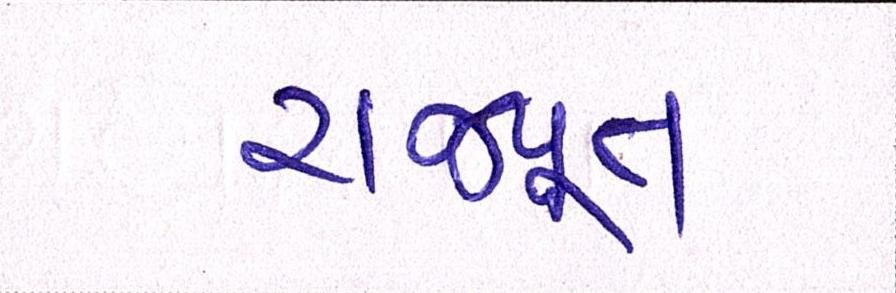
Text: રાજપૂત